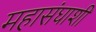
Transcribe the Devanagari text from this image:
महासंघाशी